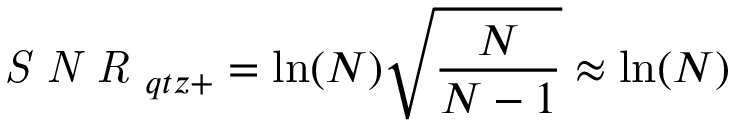
\textit { S N R } _ { q t z + } = \ln ( N ) \sqrt { \frac { N } { N - 1 } } \approx \ln ( N )